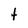
Character: t